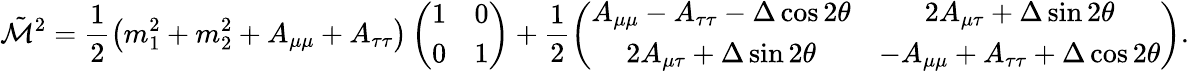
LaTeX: \tilde{{\cal M}}^{2}=\frac{1}{2}\left(m_{1}^{2}+m_{2}^{2}+A_{\mu\mu}+A_{\tau\tau}\right)\left(\begin{array}{cc}{{1}}&{{0}}\\ {{0}}&{{1}}\end{array}\right)+\frac{1}{2}\left(\begin{array}{cc}{{A_{\mu\mu}-A_{\tau\tau}-\Delta\cos 2\theta}}&{{2A_{\mu\tau}+\Delta\sin 2\theta}}\\ {{2A_{\mu\tau}+\Delta\sin 2\theta}}&{{-A_{\mu\mu}+A_{\tau\tau}+\Delta\cos 2\theta}}\end{array}\right).